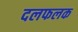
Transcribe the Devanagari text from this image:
दलफलक